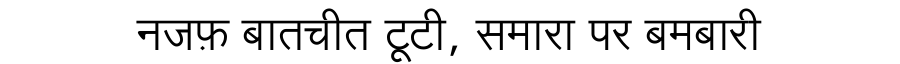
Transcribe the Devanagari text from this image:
नजफ़ बातचीत टूटी, समारा पर बमबारी